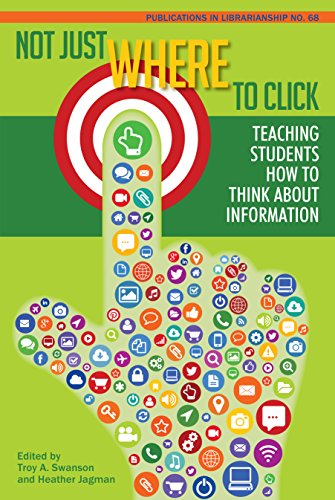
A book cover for Not Just Where to Click: Teaching Students How to Think about Information (PIL #68) (Publications in Librarianship); Troy A. Swanson; Politics & Social Sciences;